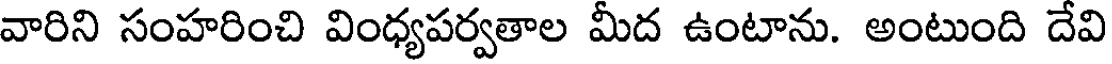
వారిని సంహరించి వింధ్యపర్వతాల మీద ఉంటాను. అంటుంది దేవి